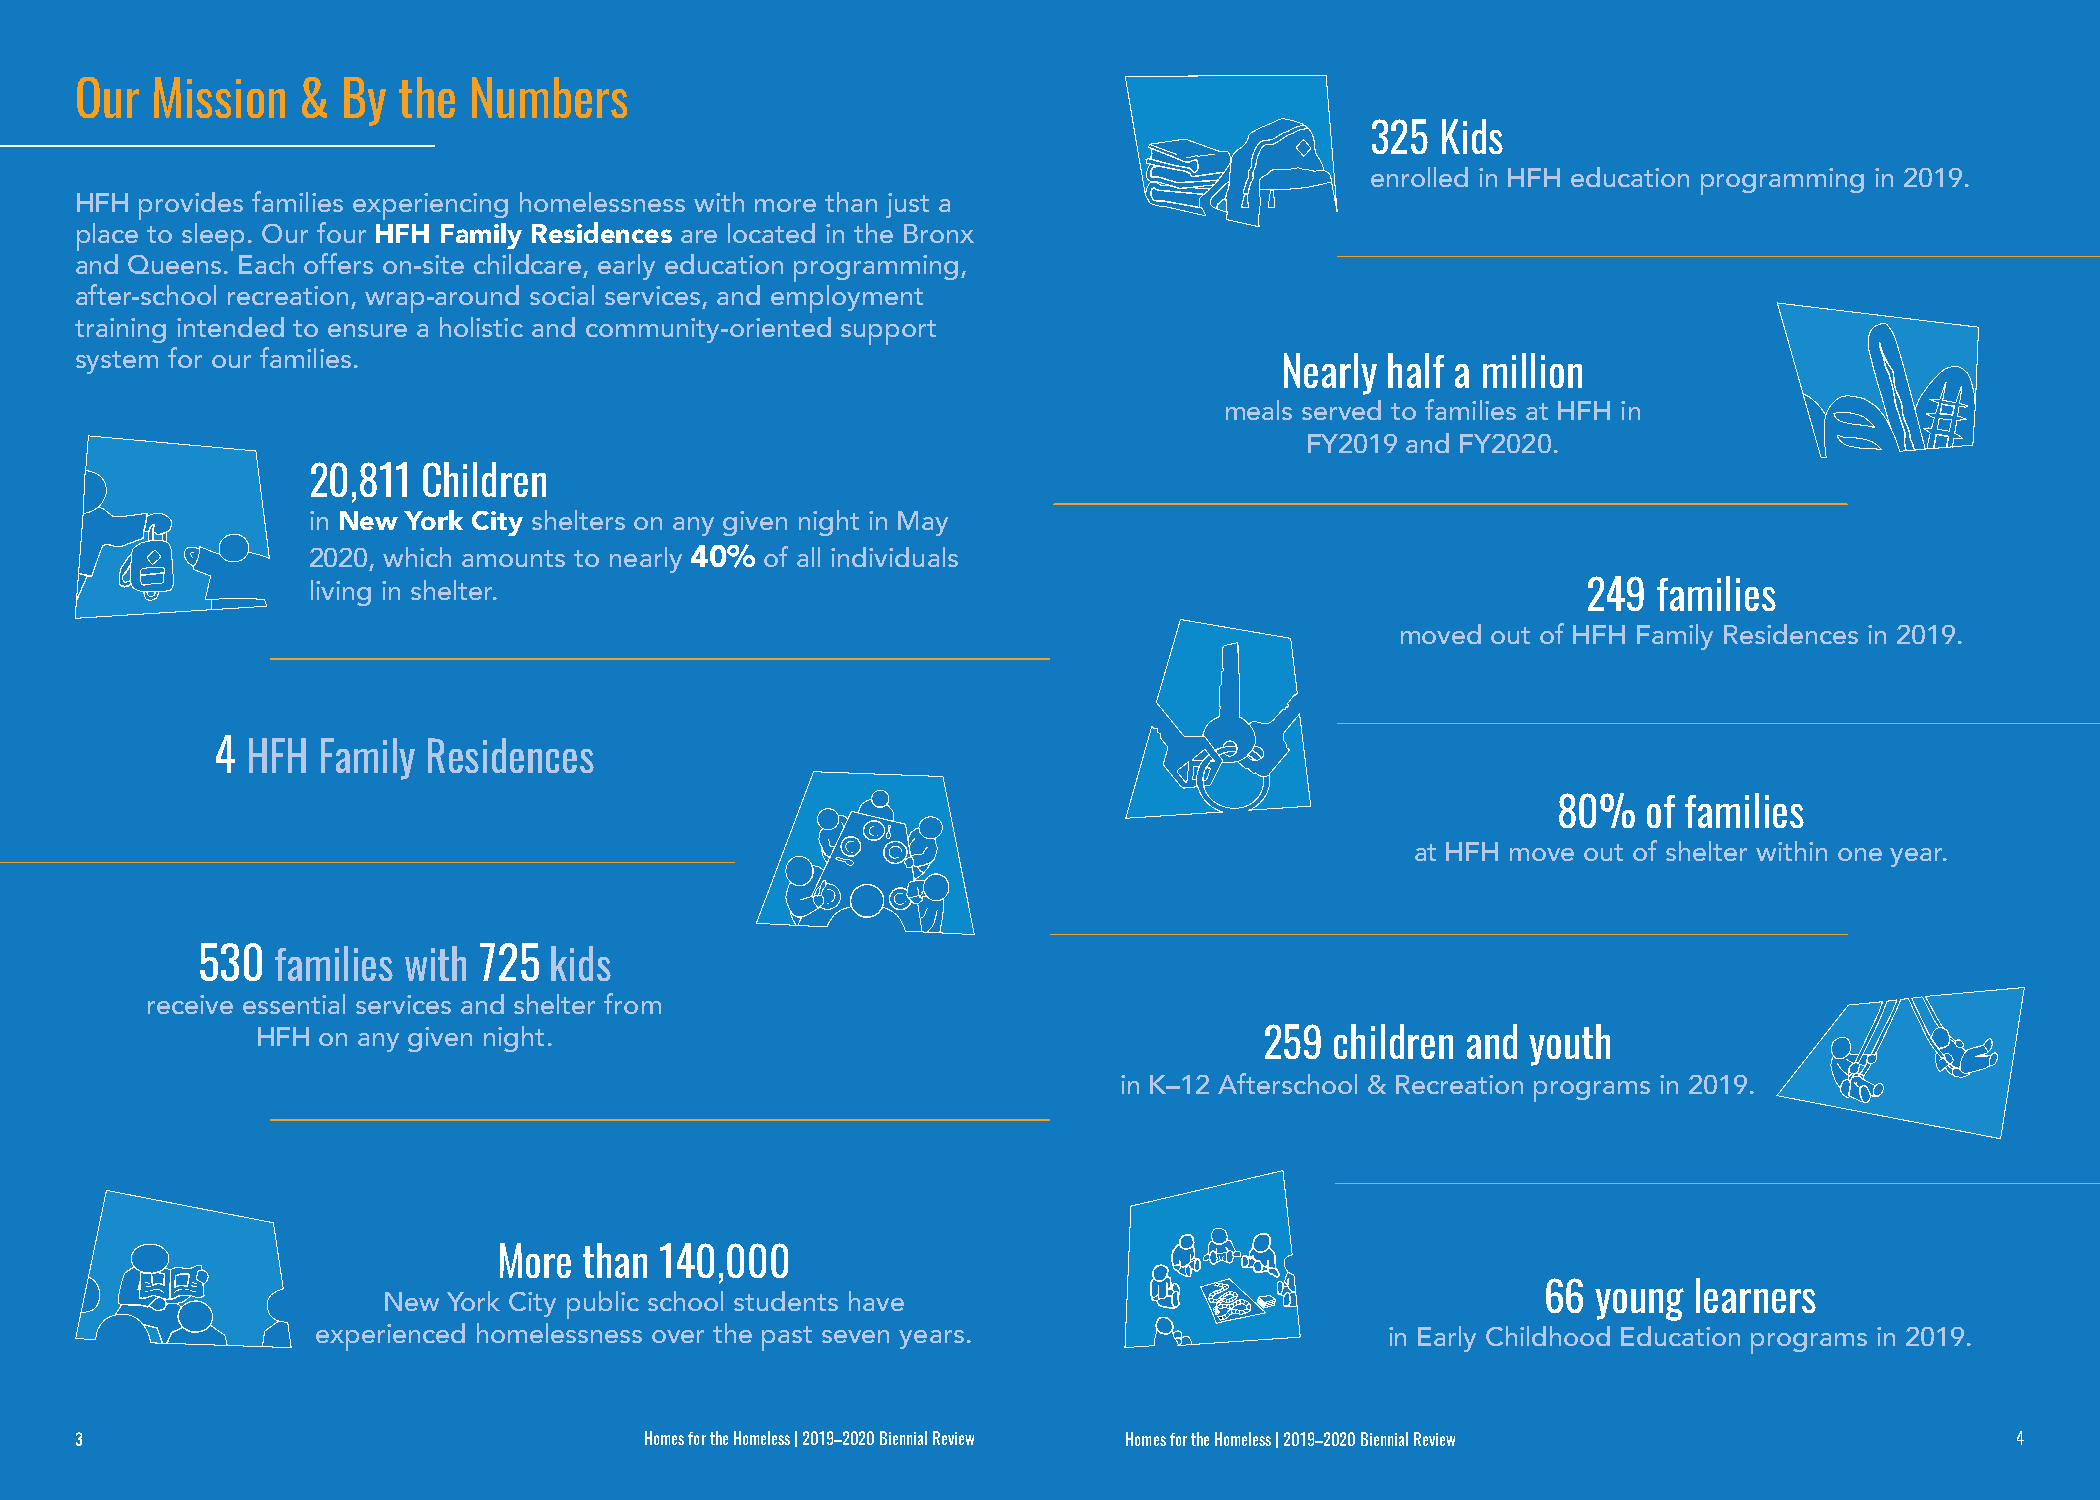
Our  Mission   &  By the  Numbers
 325 Kids
 enrolled in HFH education programming in 2019.
 HFH provides families experiencing homelessness with more than just a
 place to sleep. Our four HFH Family Residences are located in the Bronx
 and Queens. Each offers on-site childcare, early education programming,
 after-school recreation, wrap-around social services, and employment
 training intended to ensure a holistic and community-oriented support
 system for our families.
 Nearly half a million
 meals served to families at HFH in
 FY2019 and FY2020.
 20,811  Children
 in New York City shelters on any given night in May
 2020, which amounts to nearly 40% of all individuals
 living in shelter.                                                                   249  families
 moved out of HFH Family Residences in 2019.
 4 HFH  Family Residences
 80%   of families
 at HFH move out of shelter within one year.
 530  families with 725 kids
 receive essential services and shelter from
 HFH on any given night.                                            259 children and youth
 in K–12 Afterschool & Recreation programs in 2019.
 More  than 140,000
 66  young learners
 New  York City public school students have
 experienced homelessness over the past seven years.                    in Early Childhood Education programs in 2019.
 33                                    HHoommeess ffoorr tthhee HHoommeelleessss || 22001199–-22002200 BBiieennnniiaall RReevviieeww HHoommeess ffoorr tthhee HHoommeelleessss || 22001199-–22002200 BBiieennnniiaall RReevviieeww 44